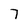
Character: 7